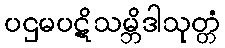
ပဌမပဋိသမ္ဘိဒါသုတ္တံ